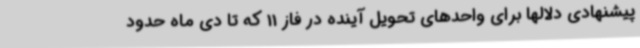
پیشنهادی دلالها برای واحدهای تحویل آینده در فاز 11 که تا دی ماه حدود